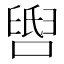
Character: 𬛺